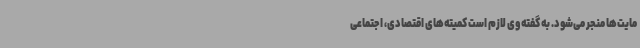
مایت‌ها منجر می‌شود. به گفته وی لازم است کمیته‌های اقتصادی، اجتماعی